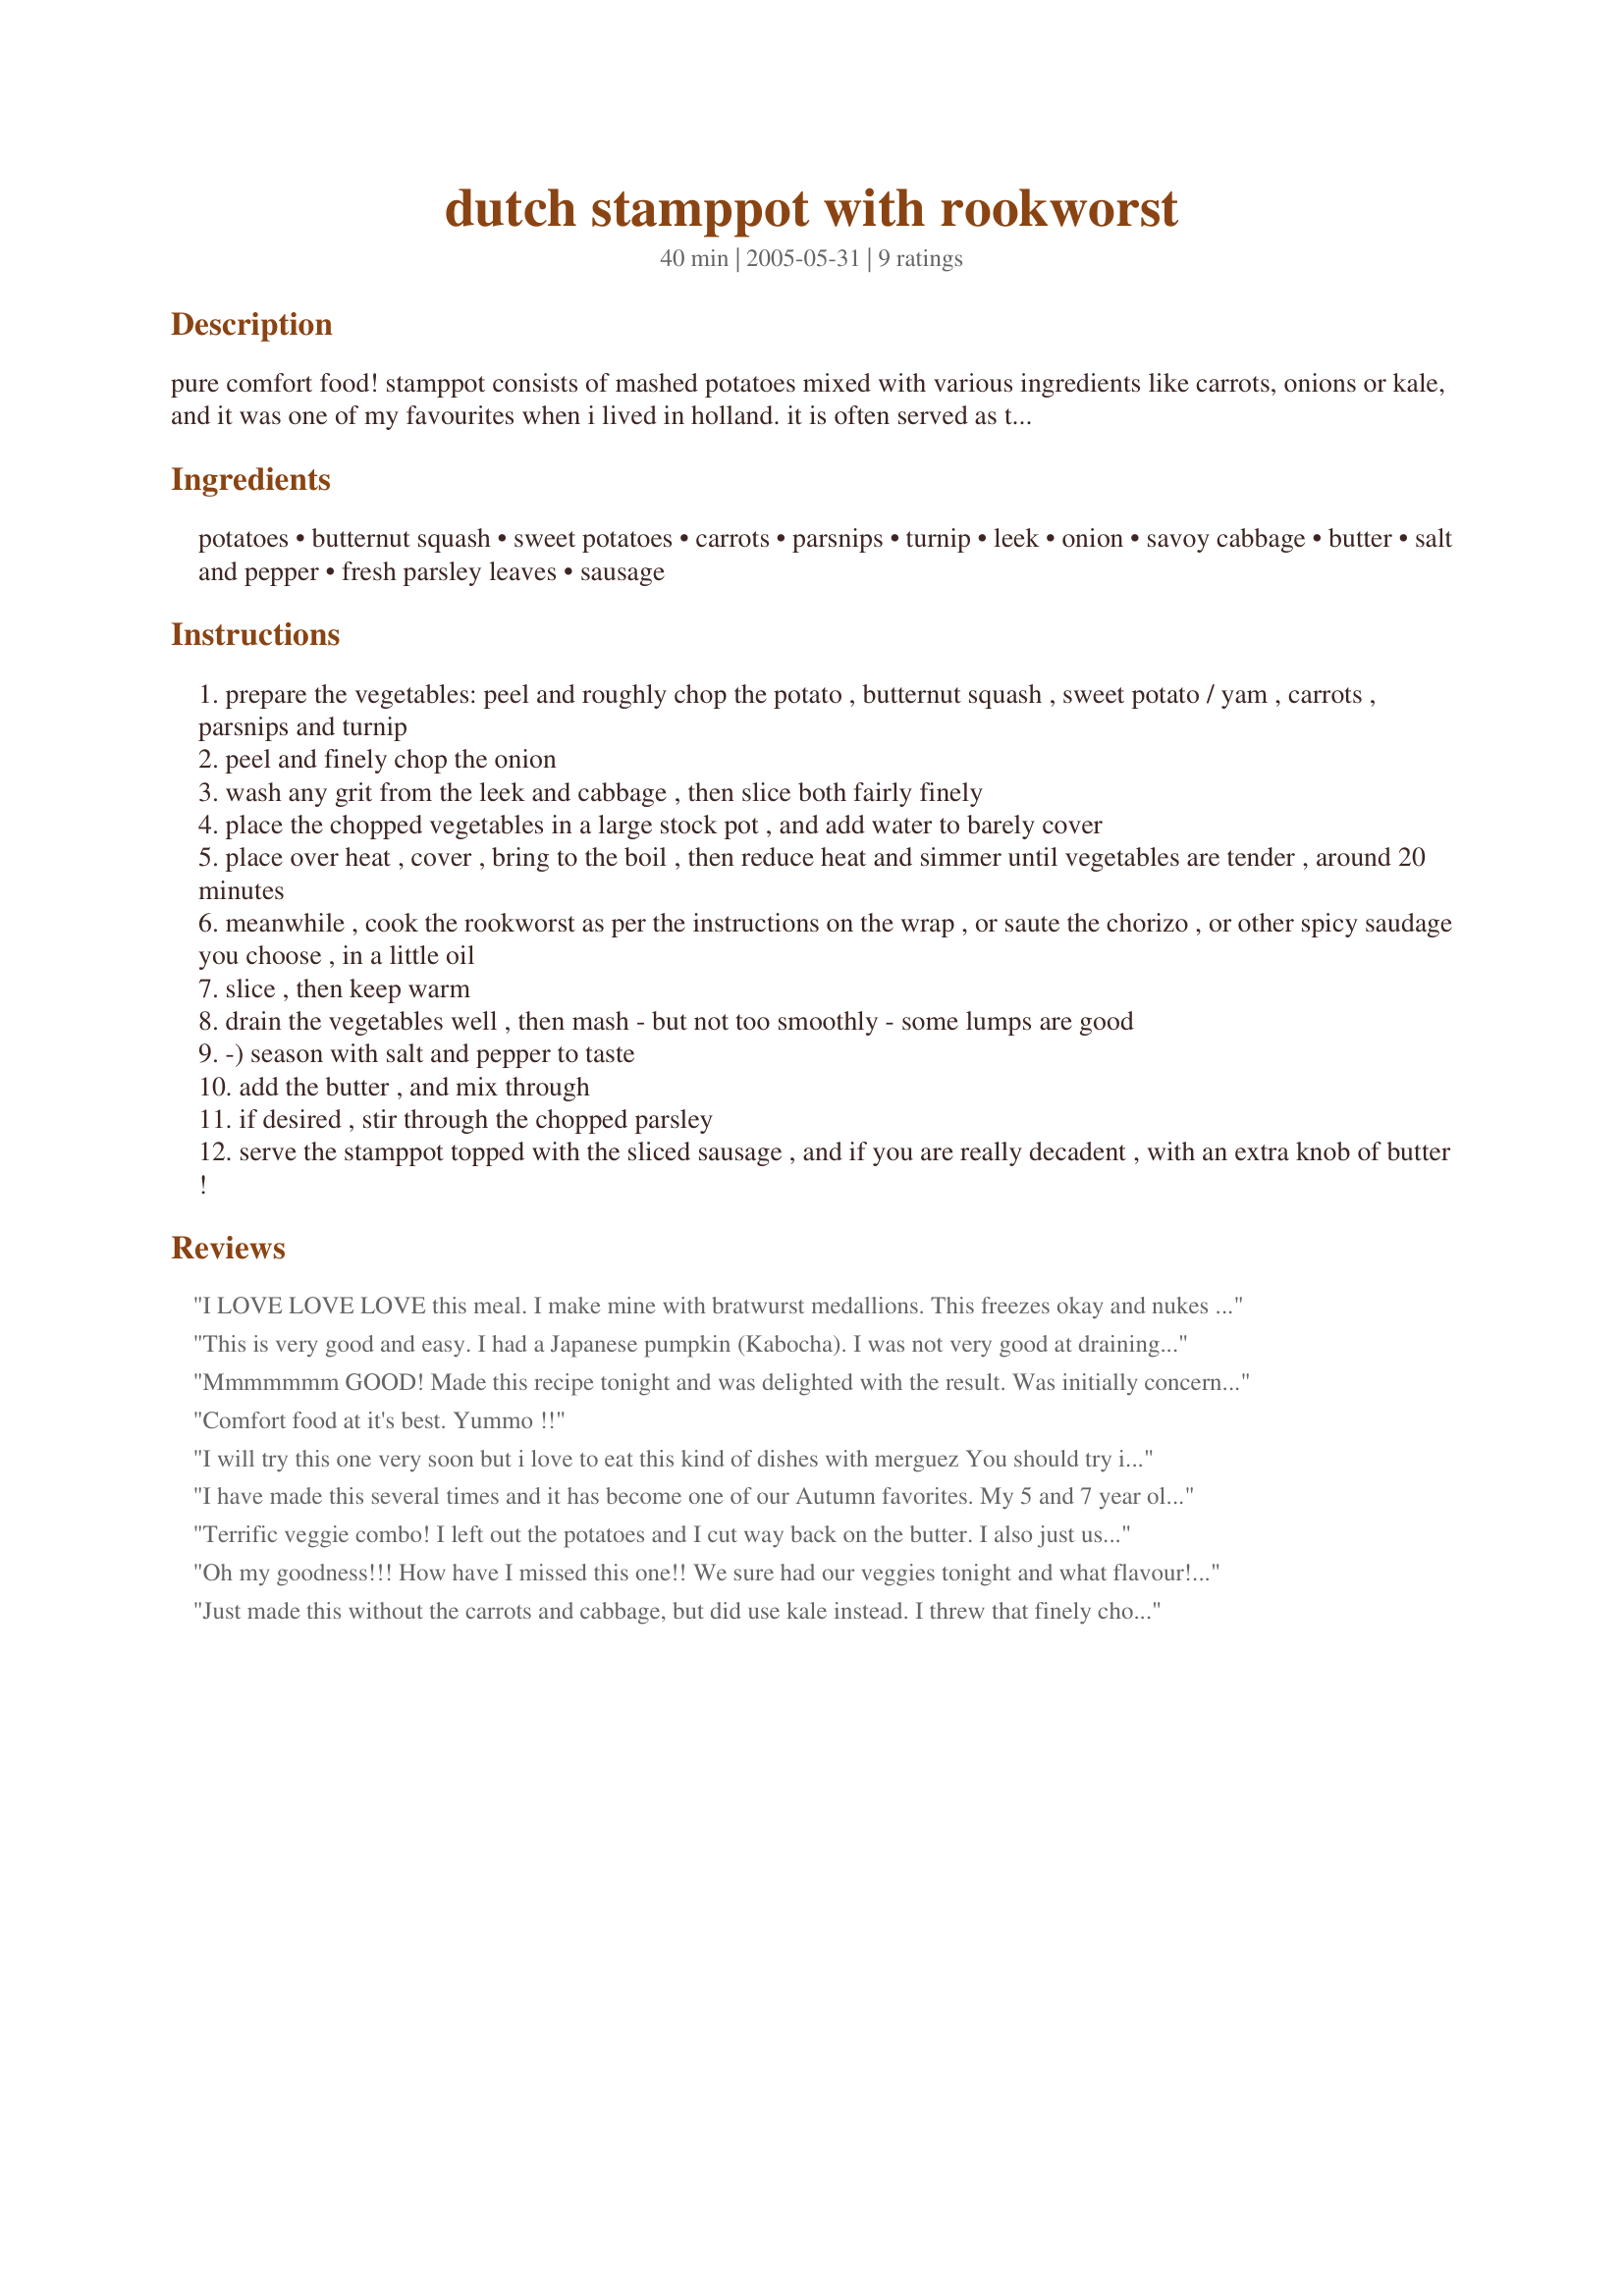
dutch stamppot with rookworst
Preparation time: 40 minutes

pure comfort food! stamppot consists of mashed potatoes mixed with various ingredients like carrots, onions or kale, and it was one of my favourites when i lived in holland. it is often served as the main meal, with a smoked, spicy sausage such as rookworst. i tend to cook it as taught me by my dutch friend, anna, with lots of root vegetables, and in large quantities. my family have always loved it. it does contain a lot of butter, but you can add less (or more!) to your preference. note: in australia, in place of butternut squash, use jap, kent, queensland blue or butternut pumpkin.

Ingredients:
potatoes, butternut squash, sweet potatoes, carrots, parsnips, turnip, leek, onion, savoy cabbage, butter, salt and pepper, fresh parsley leaves, sausage

Steps:
prepare the vegetables: peel and roughly chop the potato , butternut squash , sweet potato / yam , carrots , parsnips and turnip
peel and finely chop the onion
wash any grit from the leek and cabbage , then slice both fairly finely
place the chopped vegetables in a large stock pot , and add water to barely cover
place over heat , cover , bring to the boil , then reduce heat and simmer until vegetables are tender , around 20 minutes
meanwhile , cook the rookworst as per the instructions on the wrap , or saute the chorizo , or other spicy saudage you choose , in a little oil
slice , then keep warm
drain the vegetables well , then mash - but not too smoothly - some lumps are good
-) season with salt and pepper to taste
add the butter , and mix through
if desired , stir through the chopped parsley
serve the stamppot topped with the sliced sausage , and if you are really decadent , with an extra knob of butter !

Reviews:
I LOVE LOVE LOVE this meal. I make mine with bratwurst medallions. This freezes okay and nukes okay too.
This is very good and easy. I had a Japanese pumpkin (Kabocha). I was not very good at draining the pot before smashing was my stamppot was a little runny, oh still delicious. I can taste the parsnip, carrots and turnip, each adding it's own flavor. Now I understand the wisdom of not totally mashing all of the ingredients together. I used chicken sausage because that's what we had in the house. Thank you for a wonderful recipe.
Mmmmmmm GOOD! Made this recipe tonight and was delighted with the result. Was initially concerned about chopping all those veggies and then boiling them....However, the results were indeed delicious. One must ensure that one chops the veggies so that each one is cooked by the 20 minute time noted (which was accurate)...other than that...it's pretty self explanatory. Hubby loved it too. The only change I made was to cut down the amount of turnip.....a whole one was a bit much.....didn't add the sweet potatoes but pretty much everything else was added to the mixture as was noted by Daydream. Serving size says '6' however, hubby had two 'big' helpings and I had two small helpings and there is still an enormous amount left over (which is great!) but for the two of us next time I'll half the recipe. Deserves a 5 star from ease of making the meal as well as nutritional value in the dish. Had some Mild Italian sausage alongside (not quite as healthy)...but still went well with the meal. Thanks so much for sharing Daydream.
Comfort food at it's best. Yummo !!
I will try this one very soon but i love to eat this kind of dishes with merguez You should try it it is really good merguez is a north Afrikan sausage
I have made this several times and it has become one of our Autumn favorites. My 5 and 7 year old sons love it! It's a great way to get some veggies into their diets.
Terrific veggie combo! I left out the potatoes and I cut way back on the butter. I also just used a little bit of sausage (just to give hint of the sausage flavor). I also followed another reviewers suggestion and threw in a few cloves of garlic. This was perfect addition to a cozy comforting meal.
Oh my goodness!!! How have I missed this one!! We sure had our veggies tonight and what flavour!!The combination of veggies is perfect and strangely enough you can pick out the flavour of each one. I just make half a recipe and it was huge!! The whole recipe would be wonderful for a crowd. The two of us barely got through half of half a recipe! I used Spanish chorizo, which was deliciously hot , but the veggies cooled it down some, all together it really was lushious comfort food!! I did add one clove of garlic smashed and about half of half of the butter, also fried the chorizo in veggie spray instead of butter. This was sooo good I can hardly wait to have leftovers tomorrow. Will definately be making this one again, thanks for posting and I am so glad I found you for the PAC game!!
Just made this without the carrots and cabbage, but did use kale instead. I threw that finely chopped about 10 min. before mashing. It was a success in my household.
